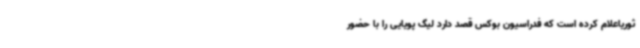
ثوریاعلام کرده است که فدراسیون بوکس قصد دارد لیگ پویایی را با حضور